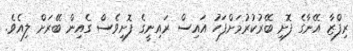
ރިފްޒާ އޭނާގެ ފޮށި ބޭރުކުރުމަށްފަހު އައިސް ރައިނީގެ ފޮށިވެސް ގެއިން ބޭރަށް ލިއެވެ.